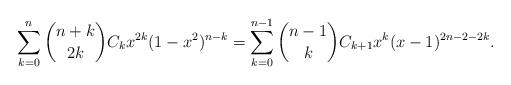
LaTeX: \begin{align*}\sum_{k=0}^{n}\binom{n+k}{2k}C_k x^{2k}(1-x^2)^{n-k}=\sum_{k=0}^{n-1}\binom{n-1}{k}C_{k+1}x^{k}(x-1)^{2n-2-2k}.\end{align*}